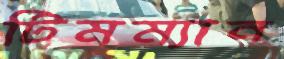
টিমম্যান